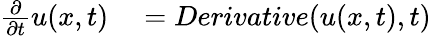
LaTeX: \begin{array}{rl}{\frac{\partial}{\partial t}u(x,t)}&{{}=Derivative(u(x,t),t)}\end{array}